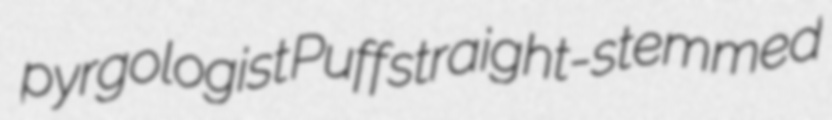
pyrgologist Puff straight-stemmed